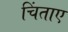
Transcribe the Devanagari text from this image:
चिंताए